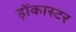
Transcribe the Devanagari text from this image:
ड़ोंकास्टर